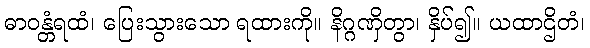
ဓာဝန္တံရထံ၊ ပြေးသွားသော ရထားကို။ နိဂ္ဂဏှိတွာ၊ နှိပ်၍။ ယထာဌိတံ၊